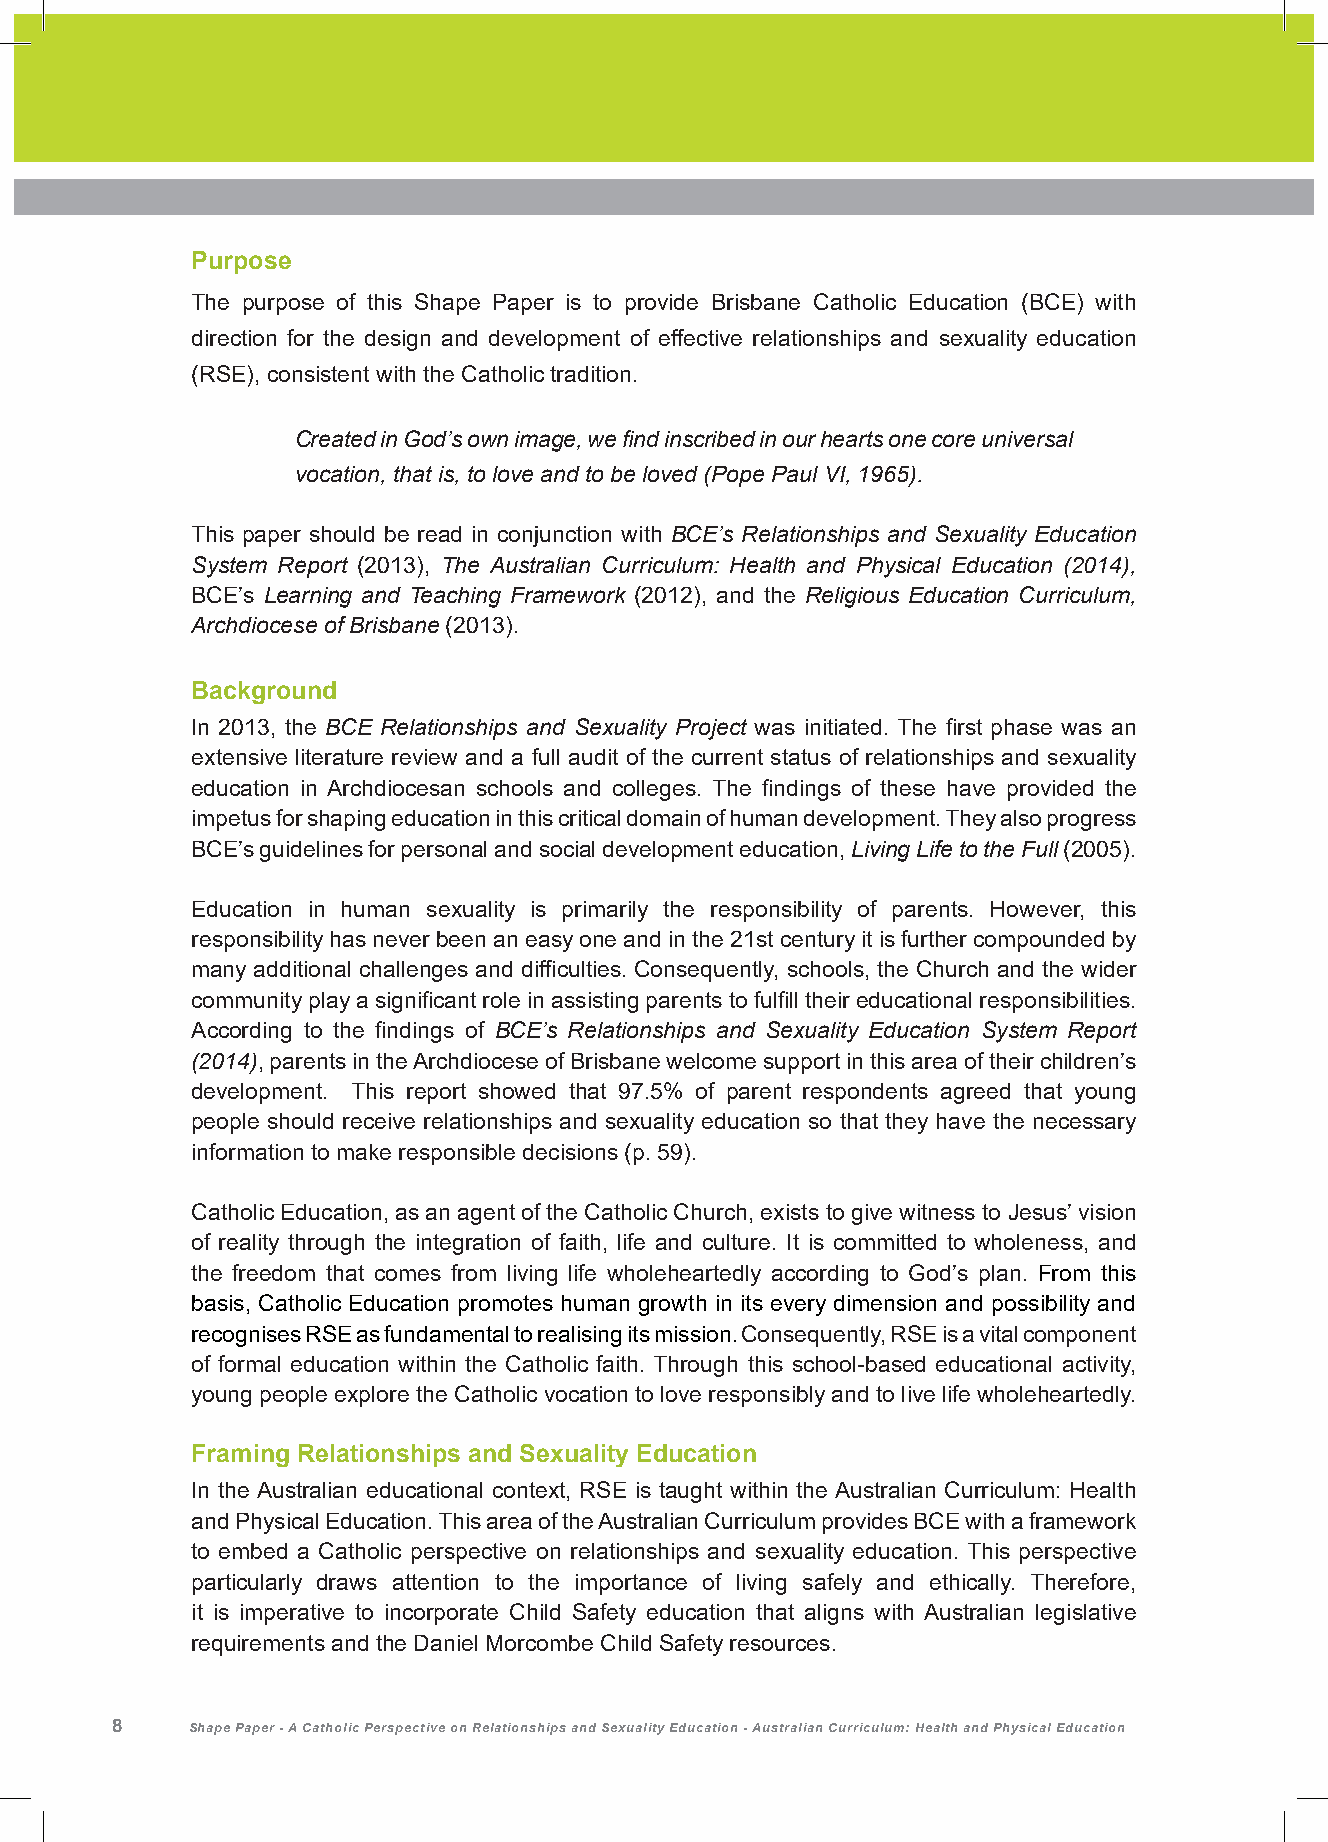
Purpose
 The purpose of this Shape Paper is to provide Brisbane Catholic Education (BCE) with
 direction for the design and development of effective relationships and sexuality education
 (RSE), consistent with the Catholic tradition.
 Created in God’s own image, we find inscribed in our hearts one core universal
 vocation, that is, to love and to be loved (Pope Paul VI, 1965).
 This paper should be read in conjunction with BCE’s Relationships and Sexuality Education
 System Report (2013), The Australian Curriculum: Health and Physical Education (2014),
 BCE’s Learning and Teaching Framework (2012), and the Religious Education Curriculum,
 Archdiocese of Brisbane (2013).
 Background
 In 2013, the BCE Relationships and Sexuality Project was initiated. The first phase was an
 extensive literature review and a full audit of the current status of relationships and sexuality
 education in Archdiocesan schools and colleges. The findings of these have provided the
 impetus for shaping education in this critical domain of human development. They also progress
 BCE’s guidelines for personal and social development education, Living Life to the Full (2005).
 Education in human sexuality is primarily the responsibility of parents. However, this
 responsibility has never been an easy one and in the 21st century it is further compounded by
 many additional challenges and difficulties. Consequently, schools, the Church and the wider
 community play a significant role in assisting parents to fulfill their educational responsibilities.
 According to the findings of BCE’s Relationships and Sexuality Education System Report
 (2014), parents in the Archdiocese of Brisbane welcome support in this area of their children’s
 development. This report showed that 97.5% of parent respondents agreed that young
 people should receive relationships and sexuality education so that they have the necessary
 information to make responsible decisions (p. 59).
 Catholic Education, as an agent of the Catholic Church, exists to give witness to Jesus’ vision
 of reality through the integration of faith, life and culture. It is committed to wholeness, and
 the freedom that comes from living life wholeheartedly according to God’s plan. From this
 basis, Catholic Education promotes human growth in its every dimension and possibility and
 recognises RSE as fundamental to realising its mission. Consequently, RSE is a vital component
 of formal education within the Catholic faith. Through this school-based educational activity,
 young people explore the Catholic vocation to love responsibly and to live life wholeheartedly.
 Framing Relationships and Sexuality Education
 In the Australian educational context, RSE is taught within the Australian Curriculum: Health
 and Physical Education. This area of the Australian Curriculum provides BCE with a framework
 to embed a Catholic perspective on relationships and sexuality education. This perspective
 particularly draws attention to the importance of living safely and ethically. Therefore,
 it is imperative to incorporate Child Safety education that aligns with Australian legislative
 requirements and the Daniel Morcombe Child Safety resources.
 8    Shape Paper - A Catholic Perspective on Relationships and Sexuality Education - Australian Curriculum: Health and Physical Education